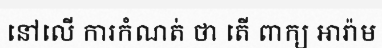
នៅលើ ការកំណត់ ថា តើ ពាក្យ អារ៉ាម